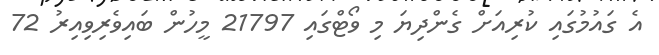
އެ ގައުމުގައި ކުރިއަށް ގެންދިޔަ މި ވޯޓްގައި 21797 މީހުން ބައިވެރިވިއިރު 72